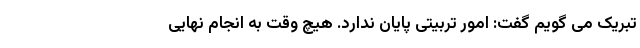
تبریک می گویم گفت: امور تربیتی پایان ندارد. هیچ وقت به انجام نهایی